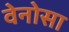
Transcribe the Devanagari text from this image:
वेनोसा